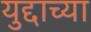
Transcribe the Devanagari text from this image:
युद्दाच्या